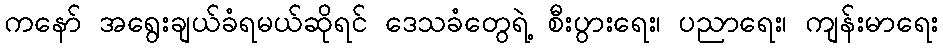
ကနော် အရွေးချယ်ခံရမယ်ဆိုရင် ဒေသခံတွေရဲ့ စီးပွားရေး၊ ပညာရေး၊ ကျန်းမာရေး